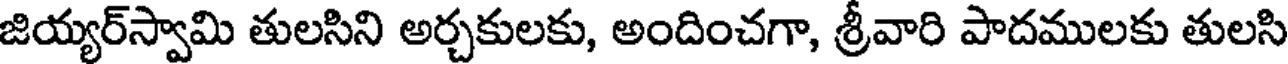
జియ్యర్స్వామి తులసిని అర్చకులకు, అందించగా, శ్రీవారి పాదములకు తులసి